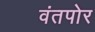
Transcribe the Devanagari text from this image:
वंतपोर